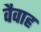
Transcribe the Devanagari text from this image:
वैवाह